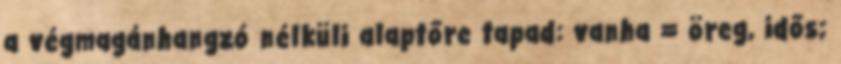
a végmagánhangzó nélküli alaptőre tapad: vanha = öreg, idős;